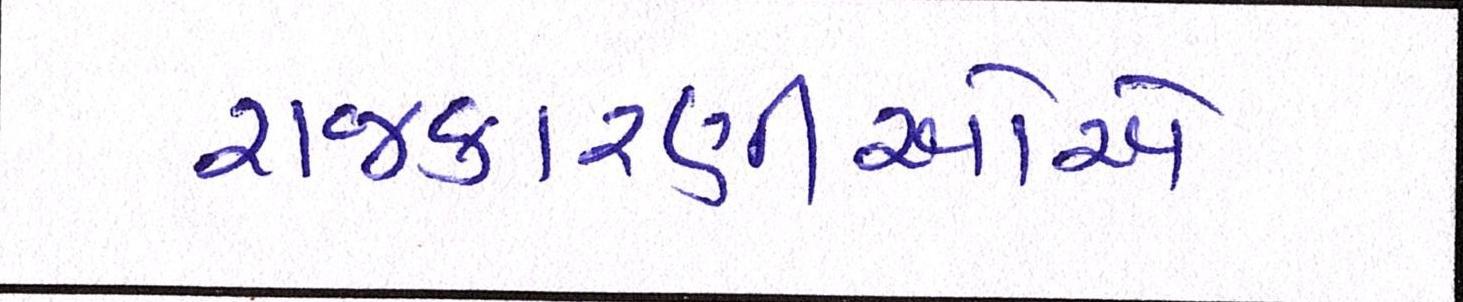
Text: રાજકારણીઓએ